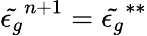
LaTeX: \tilde{\epsilon_{g}}^{n+1}=\tilde{\epsilon_{g}}^{**}